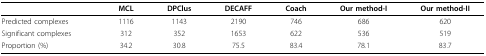
<table><thead><tr><td></td><td><b>MCL</b></td><td><b>DPClus</b></td><td><b>DECAFF</b></td><td><b>Coach</b></td><td><b>Our method-I</b></td><td><b>Our method-II</b></td></tr></thead><tbody><tr><td>Predicted complexes</td><td>1116</td><td>1143</td><td>2190</td><td>746</td><td>686</td><td>620</td></tr><tr><td>Significant complexes</td><td>312</td><td>352</td><td>1653</td><td>622</td><td>536</td><td>519</td></tr><tr><td>Proportion (%)</td><td>34.2</td><td>30.8</td><td>75.5</td><td>83.4</td><td>78.1</td><td>83.7</td></tr></tbody></table>